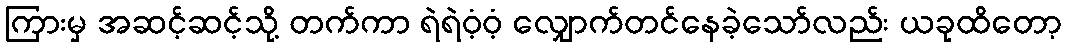
ကြားမှ အဆင့်ဆင့်သို့ တက်ကာ ရဲရဲဝံ့ဝံ့ လျှောက်တင်နေခဲ့သော်လည်း ယခုထိတော့